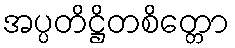
အပ္ပတိဋ္ဌိတစိတ္တော